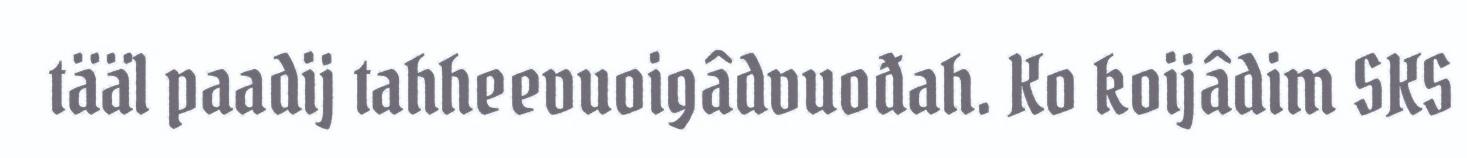
tääl paadij tahheevuoigâdvuođah. Ko koijâdim SKS